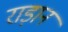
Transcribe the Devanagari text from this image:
राड़ान